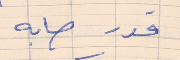
قدر صابه